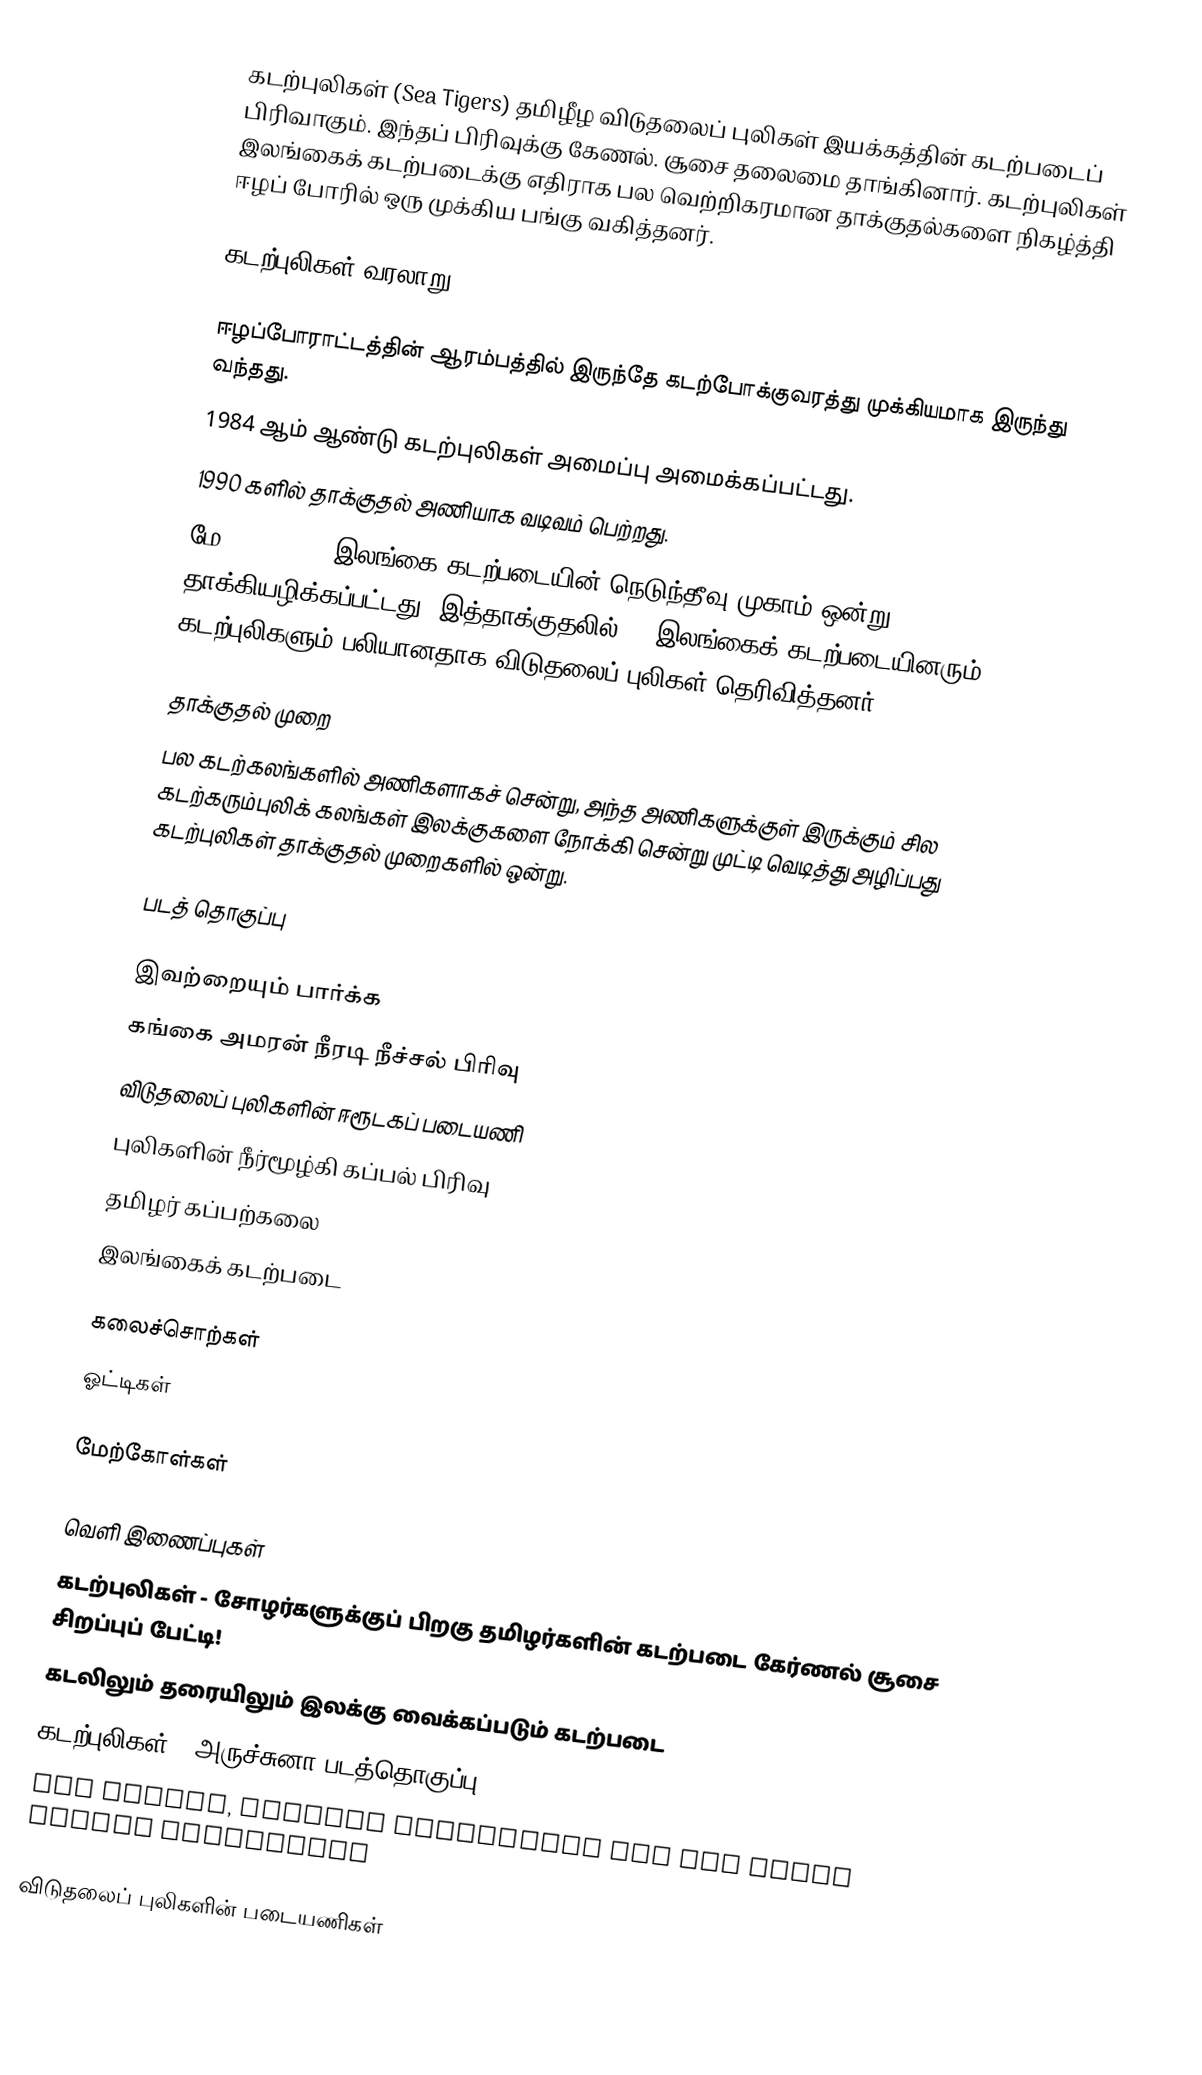
கடற்புலிகள் (Sea Tigers) தமிழீழ விடுதலைப் புலிகள் இயக்கத்தின் கடற்படைப் பிரிவாகும்.  இந்தப் பிரிவுக்கு கேணல். சூசை தலைமை தாங்கினார்.  கடற்புலிகள் இலங்கைக் கடற்படைக்கு எதிராக பல வெற்றிகரமான தாக்குதல்களை நிகழ்த்தி ஈழப் போரில் ஒரு முக்கிய பங்கு வகித்தனர்.

கடற்புலிகள் வரலாறு

 ஈழப்போராட்டத்தின் ஆரம்பத்தில் இருந்தே கடற்போக்குவரத்து முக்கியமாக இருந்து வந்தது.
 1984 ஆம் ஆண்டு கடற்புலிகள் அமைப்பு அமைக்கப்பட்டது.
 1990 களில் தாக்குதல் அணியாக வடிவம் பெற்றது.
 மே 24, 2007 - இலங்கை கடற்படையின் நெடுந்தீவு முகாம் ஒன்று தாக்கியழிக்கப்பட்டது. இத்தாக்குதலில் 36 இலங்கைக் கடற்படையினரும் 4 கடற்புலிகளும் பலியானதாக விடுதலைப் புலிகள் தெரிவித்தனர்.

தாக்குதல் முறை
பல கடற்கலங்களில் அணிகளாகச் சென்று, அந்த அணிகளுக்குள் இருக்கும் சில கடற்கரும்புலிக் கலங்கள் இலக்குகளை நோக்கி சென்று முட்டி வெடித்து அழிப்பது கடற்புலிகள் தாக்குதல் முறைகளில் ஒன்று.

படத் தொகுப்பு

இவற்றையும் பார்க்க
 கங்கை அமரன் நீரடி நீச்சல் பிரிவு
 விடுதலைப் புலிகளின் ஈரூடகப் படையணி
 புலிகளின் நீர்மூழ்கி கப்பல் பிரிவு
 தமிழர் கப்பற்கலை
 இலங்கைக் கடற்படை

கலைச்சொற்கள்
 ஓட்டிகள்

மேற்கோள்கள்

வெளி இணைப்புகள்
 கடற்புலிகள் - சோழர்களுக்குப் பிறகு தமிழர்களின் கடற்படை கேர்ணல் சூசை சிறப்புப் பேட்டி!
 கடலிலும் தரையிலும் இலக்கு வைக்கப்படும் கடற்படை
 கடற்புலிகள் - அருச்சுனா படத்தொகுப்பு
 Sea Tigers, stealth technology and the North Korean connection

விடுதலைப் புலிகளின் படையணிகள்